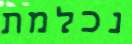
נכלמת